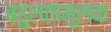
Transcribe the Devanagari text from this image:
बहुलतामूलक